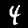
Digit: 4